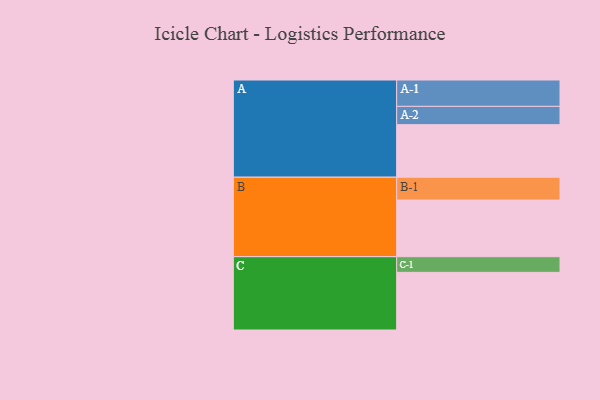
{"axis": {"x": "Segment", "y": "Value"}, "legend": ["", "A", "B", "C"], "data": [{"x": "A", "y": 534, "type": ""}, {"x": "B", "y": 576, "type": ""}, {"x": "C", "y": 586, "type": ""}, {"x": "A-1", "y": 268, "type": "A"}, {"x": "A-2", "y": 186, "type": "A"}, {"x": "B-1", "y": 232, "type": "B"}, {"x": "C-1", "y": 159, "type": "C"}]}